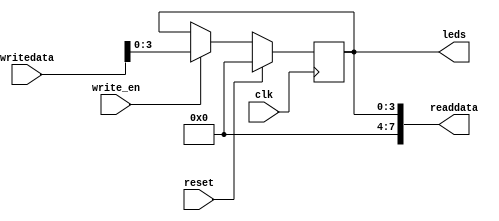
module led_ctrl (
    input clk,
    input reset,

    output [3:0] leds,
    input  [7:0] writedata,
    output [7:0] readdata,
    input  write_en
);

reg [3:0] led_reg;

assign leds = led_reg;
assign readdata = {4'd0, led_reg};

always @(posedge clk) begin
    if (reset)
        led_reg <= 4'd0;
    else if (write_en)
        led_reg <= writedata[3:0];
end

endmodule